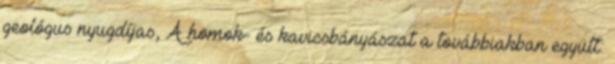
geológus nyugdíjas, A homok- és kavicsbányászat a továbbiakban együtt: